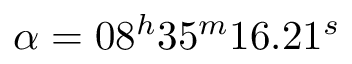
\alpha = 0 8 ^ { h } 3 5 ^ { m } 1 6 . 2 1 ^ { s }